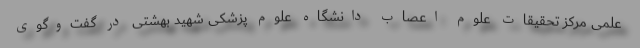
علمی مرکز تحقیقات علوم اعصاب دانشگاه علوم پزشکی شهید بهشتی در گفت‌وگوی